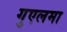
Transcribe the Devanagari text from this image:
गुएलमा